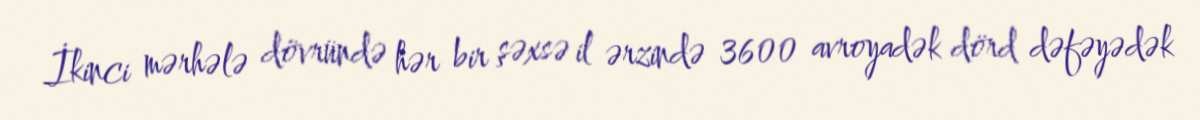
İkinci mərhələ dövründə hər bir şəxsə il ərzində 3600 avroyadək dörd dəfəyədək